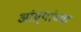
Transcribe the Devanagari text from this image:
आंग्र्यांच्या